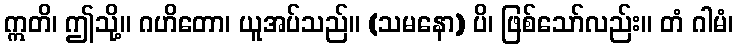
ဣတိ၊ ဤသို့။ ဂဟိတော၊ ယူအပ်သည်။ (သမနော) ပိ၊ ဖြစ်သော်လည်း။ တံ ဂါမံ၊